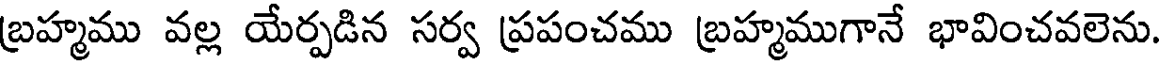
బ్రహ్మము వల్ల యేర్పడిన సర్వ ప్రపంచము బ్రహ్మముగానే భావించవలెను.